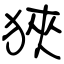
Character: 狹